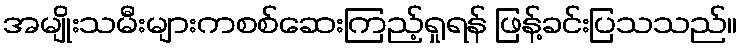
အမျိုးသမီးများကစစ်ဆေးကြည့်ရှုရန် ဖြန့်ခင်းပြသသည်။